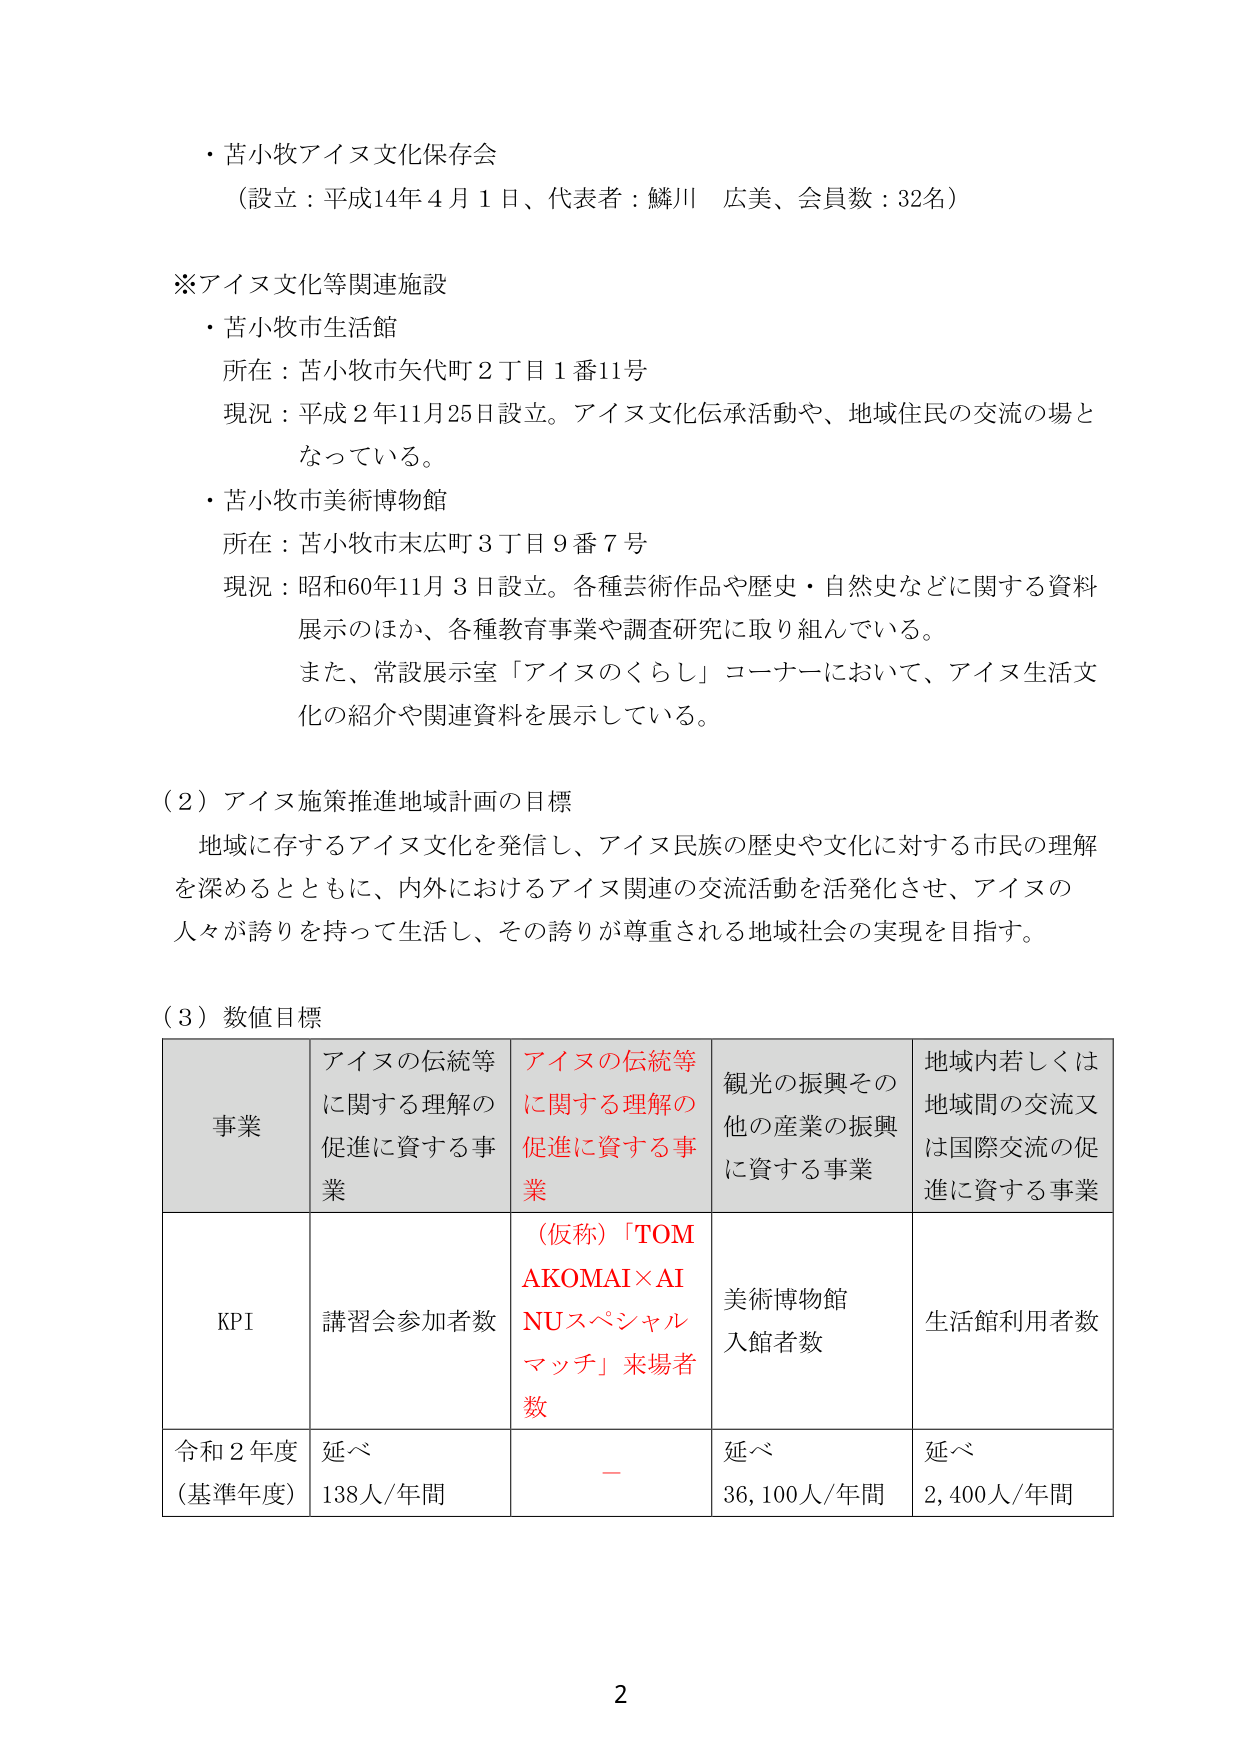
・苫小牧アイヌ文化保存会
（設立：平成14年4月1日、代表者：鱗川 広美、会員数：32名）

※アイヌ文化等関連施設
・苫小牧市生活館
　所在：苫小牧市矢代町2丁目1番11号
　現況：平成2年11月25日設立。アイヌ文化伝承活動や、地域住民の交流の場となっている。
・苫小牧市美術博物館
　所在：苫小牧市末広町3丁目9番7号
　現況：昭和60年11月3日設立。各種芸術作品や歴史・自然史などに関する資料展示のほか、各種教育事業や調査研究に取り組んでいる。
　また、常設展示室「アイヌのくらし」コーナーにおいて、アイヌ生活文化の紹介や関連資料を展示している。

（2）アイヌ施策推進地域計画の目標
　地域に存するアイヌ文化を発信し、アイヌ民族の歴史や文化に対する市民の理解を深めるとともに、内外におけるアイヌ関連の交流活動を活発化させ、アイヌの人々が誇りを持って生活し、その誇りが尊重される地域社会の実現を目指す。

（3）数値目標

| 事業 | アイヌの伝統等に関する理解の促進に資する事業 | アイヌの伝統等に関する理解の促進に資する事業 | 観光の振興その他の産業の振興に資する事業 | 地域内若しくは地域間の交流又は国際交流の促進に資する事業 |
|------|---------------------------------------------|---------------------------------------------|------------------------------------------|--------------------------------------------------------|
| KPI | 講習会参加者数 | （仮称）「TOMAKOMAI×AINUスペシャルマッチ」来場者数 | 美術博物館入館者数 | 生活館利用者数 |
| 令和2年度（基準年度） | 延べ138人/年間 | — | 延べ36,100人/年間 | 延べ2,400人/年間 |

2